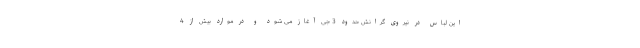
این لباس در نیروی گرانش حدود 3 جی آغاز می شود و در موارد بیش از 4